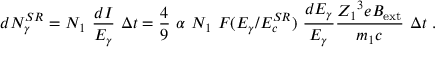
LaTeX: d N _ { \gamma } ^ { S R } = N _ { 1 } \ { \frac { d I } { E _ { \gamma } } } \ \Delta t = { \frac { 4 } { 9 } } \ \alpha \ N _ { 1 } \ F ( E _ { \gamma } / E _ { c } ^ { S R } ) \ { \frac { d E _ { \gamma } } { E _ { \gamma } } } { \frac { { Z _ { 1 } } ^ { 3 } e B _ { \mathrm { e x t } } } { m _ { 1 } c } } \ \Delta t \ .